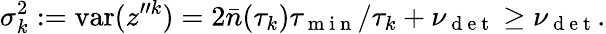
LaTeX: \sigma_{k}^{2}:=\mathrm{var}(z^{\prime\prime k})=2\bar{n}(\tau_{k})\tau_{\mathrm{~m~i~n~}}/\tau_{k}+\nu_{\mathrm{~d~e~t~}}\geq\nu_{\mathrm{~d~e~t~}}.